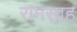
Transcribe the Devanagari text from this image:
रामसाह